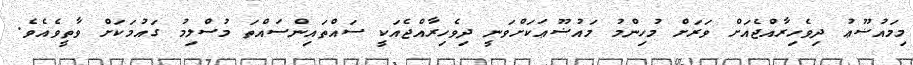
މިމައުޟޫޢު ދިވެހިރާއްޖެއަށް ވަރަށް މުހިންމު މައުޟޫޢަކަށްވަނީ ދިވެހިރާއްޖެއަކީ ސައްތައިންސައްތަ މުސްލިމު ގައުމަކަށް ވާތީވެއެވެ.